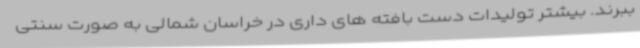
ببرند. بیشتر تولیدات دست بافته های داری در خراسان شمالی به صورت سنتی